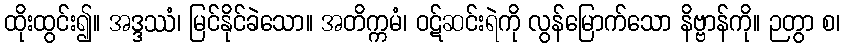
ထိုးထွင်း၍။ အဒ္ဒဿံ၊ မြင်နိုင်ခဲသော။ အတိက္ကမံ၊ ဝဋ်ဆင်းရဲကို လွန်မြောက်သော နိဗ္ဗာန်ကို။ ဉတွာ စ၊